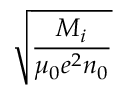
\sqrt { \frac { M _ { i } } { \mu _ { 0 } e ^ { 2 } n _ { 0 } } }